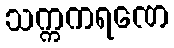
သက္ကကရဏေ